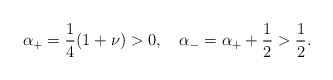
\begin{align*}\alpha_{+}=\frac{1}{4}(1+\nu)>0,\quad\alpha_{-}=\alpha_{+}+\frac{1}{2}>\frac{1}{2}.\end{align*}